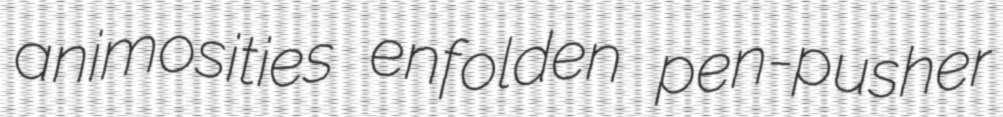
animosities enfolden pen-pusher